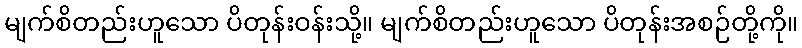
မျက်စိတည်းဟူသော ပိတုန်းဝန်းသို့။ မျက်စိတည်းဟူသော ပိတုန်းအစဉ်တို့ကို။